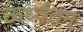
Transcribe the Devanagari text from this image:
ऊर्ध्वतम